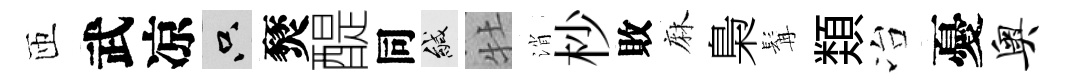
匝武凉只燹醍同緘牡消杪敗麻梟髯𩔖冶憂奥